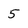
Character: 5